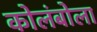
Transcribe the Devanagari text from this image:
कोलंबोला